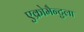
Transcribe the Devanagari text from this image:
एक्रोमैन्टुला